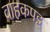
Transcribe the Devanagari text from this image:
वाहकपट्ट